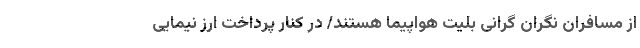
از مسافران نگران گرانی بلیت هواپیما هستند/ در کنار پرداخت ارز نیمایی